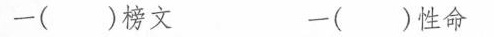
一（ ）榜文 一（ ）性命